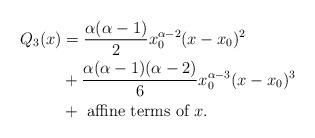
LaTeX: \begin{align*}Q_3(x) & = \frac{\alpha(\alpha-1)}{2} x_0^{\alpha-2} (x-x_0)^2 \\& + \frac{\alpha(\alpha-1)(\alpha-2)}{6} x_0^{\alpha-3} (x-x_0)^3 \\& + \textrm{ affine terms of }x.\end{align*}